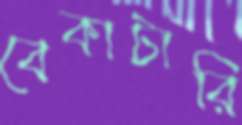
বেকাটারি